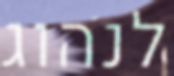
לנהוג